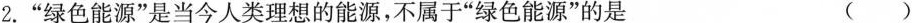
2.“绿色能源”是当今人类理想的能源，不属于“绿色能源”的是 ( )